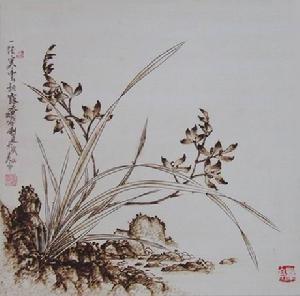
幽径无人独自芳，此恨凭谁诉。